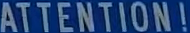
ATTENTION!